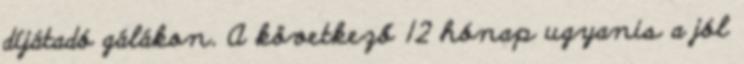
díjátadó gálákon. A következő 12 hónap ugyanis a jól